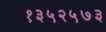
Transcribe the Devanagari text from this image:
१३५२५७३